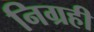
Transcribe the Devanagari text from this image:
निग्रही